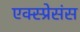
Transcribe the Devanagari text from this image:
एक्स्प्रेसंस